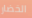
الخضار